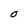
Character: O